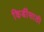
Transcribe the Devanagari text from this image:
किडींसाठी